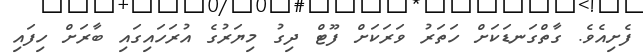
ފެށިއެވެ. ގާތްގަނޑަކަށް ހަތަރު ވަރަކަށް ފޫޓް ދިގު މިޔަރުގެ އުރަހައިގައި ބާރަަށް ހިފައި